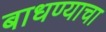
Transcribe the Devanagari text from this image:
बाधण्याचा